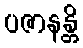
ပဇာနန္တိ